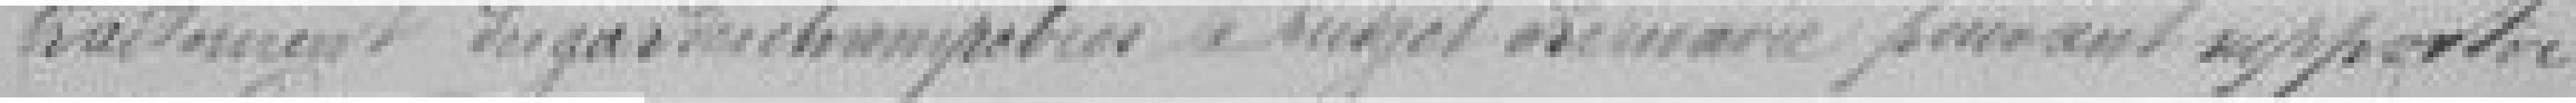
traitement des gardes champêtres le budget primaire pouvant supporter